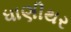
ધાણીથર